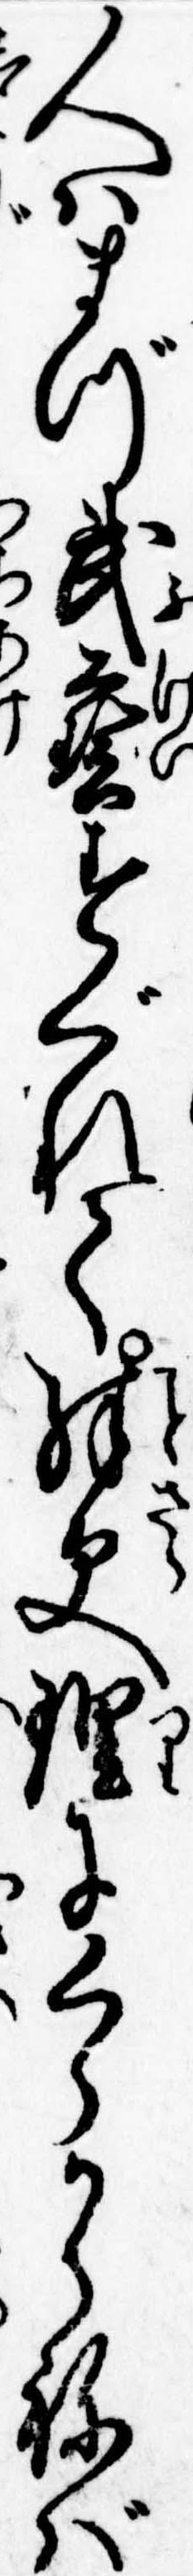
人はまづ武芸すぐれて殊更理にくらからねば